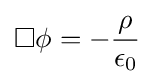
\Box \phi =-{\frac {\rho }{\epsilon _{0}}}